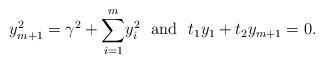
LaTeX: \begin{align*}y_{m+1}^{2}=\gamma^{2}+\overset{m}{\underset{i=1}{\sum}}y_{i}^{2}~~{\rm and}~~t_{1}y_{1}+t_{2}y_{m+1}=0.\end{align*}